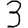
Digit: 3